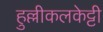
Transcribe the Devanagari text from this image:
हुल्लीकलकेट्टी